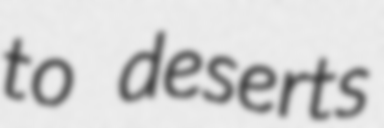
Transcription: to deserts